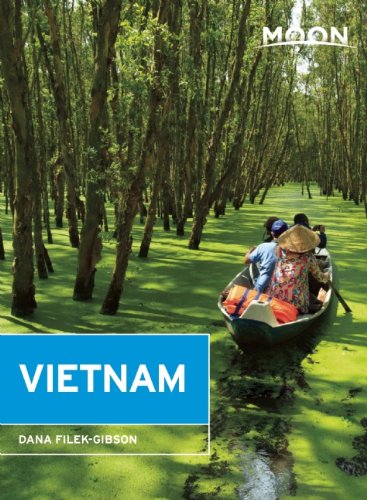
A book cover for Moon Vietnam (Moon Handbooks); Dana Filek-Gibson; Travel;